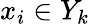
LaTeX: x_{i}\in Y_{k}